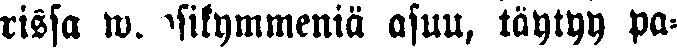
rissa wuosikymmeniä asuu, täytyy pa-